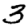
Digit: 3